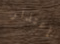
إعتذار